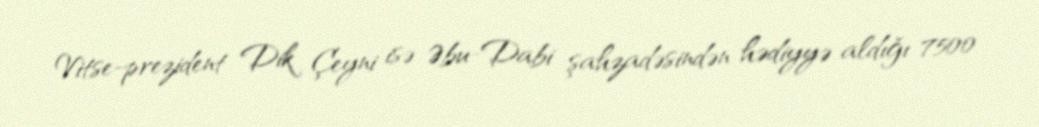
Vitse-prezident Dik Çeyni isə Əbu-Dabi şahzadəsindən hədiyyə aldığı 7500